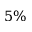
5 \%